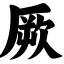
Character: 厥